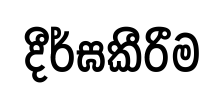
දීර්ඝකීරීම